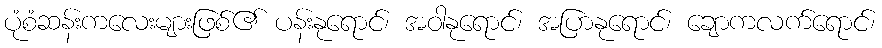
ပုံစံဆန်းကလေးများဖြစ်၏ ပန်းနုရောင်၊ အဝါနုရောင်၊ အပြာနုရောင်၊ ချောကလက်ရောင်၊